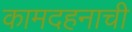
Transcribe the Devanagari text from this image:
कामदहनाची